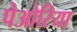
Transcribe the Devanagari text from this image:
पेओरिया